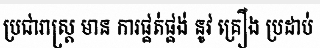
ប្រជារាស្ត្រ មាន ការផ្គត់ផ្គង់ នូវ គ្រឿង ប្រដាប់